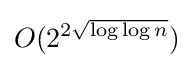
O(2^{2{\sqrt {\log \log n}}})